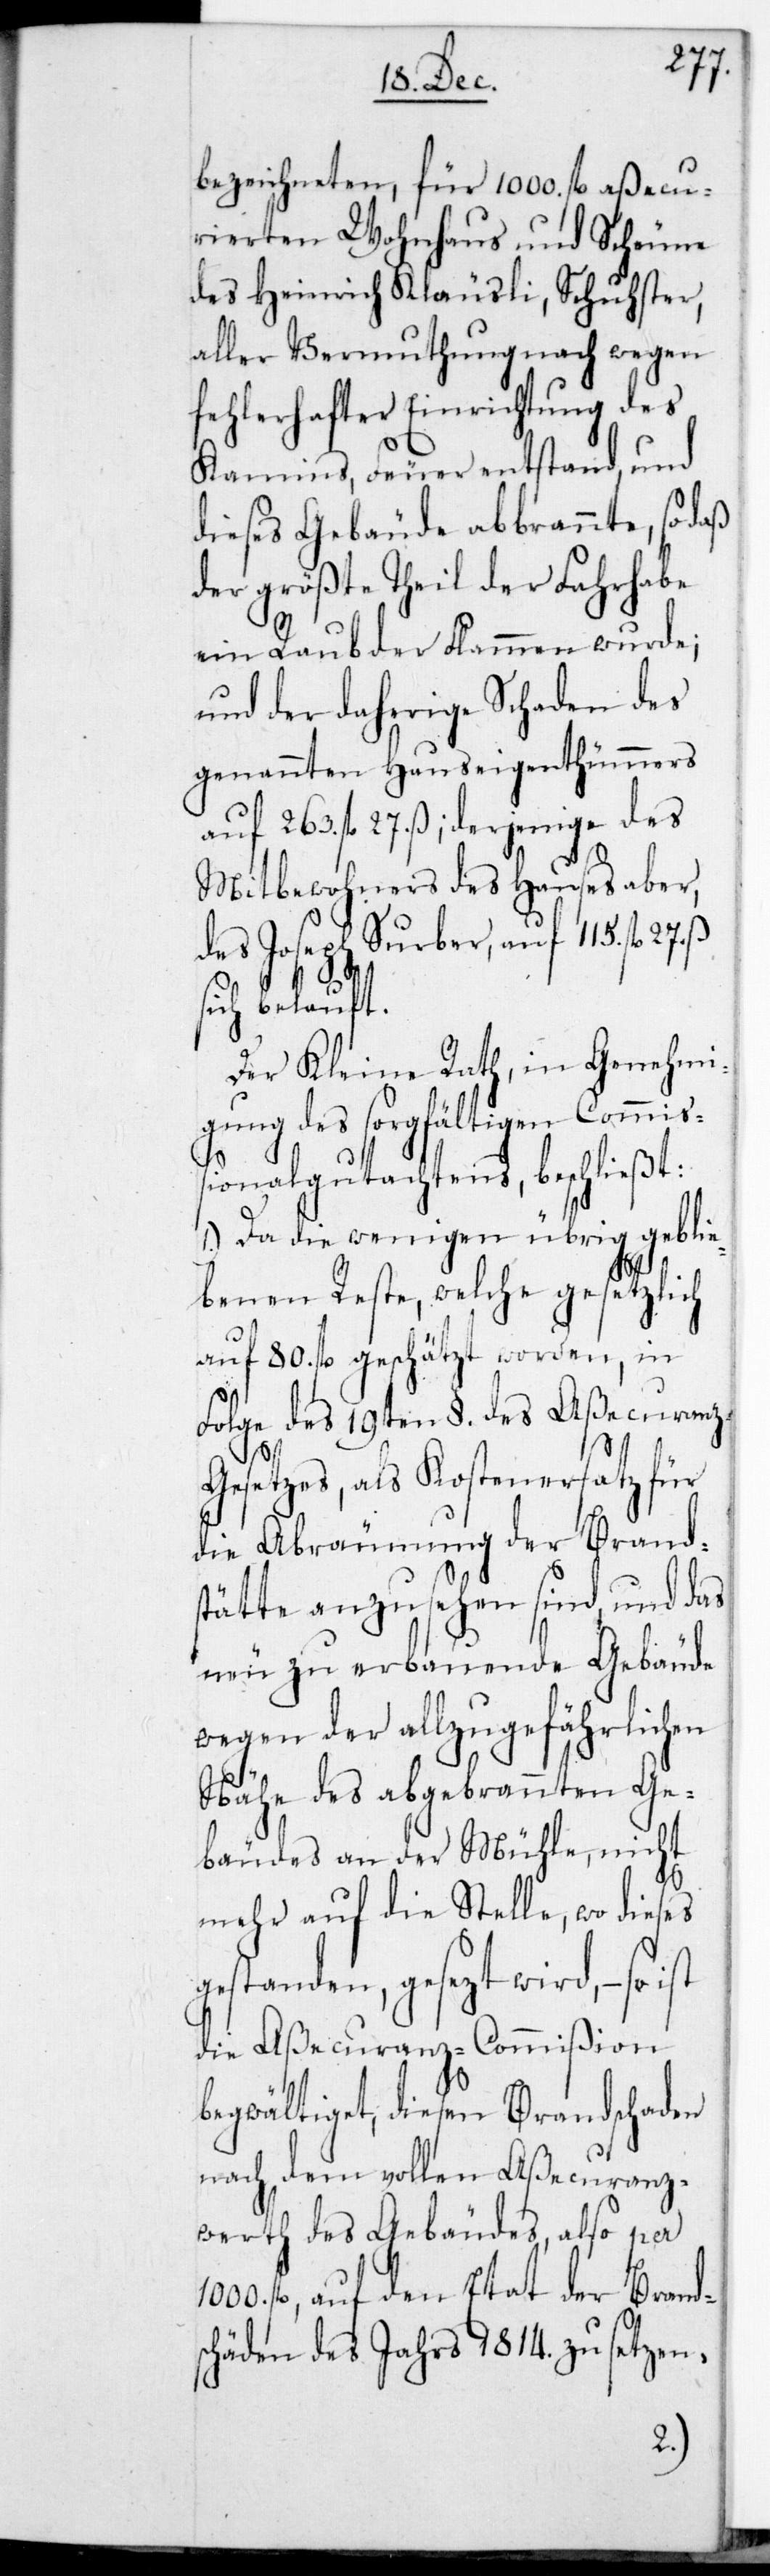
27.
bezeichneten, für 1000. fl. aßecu¬
rierten Wohnhaus und Scheune
des Heinrich Kläusli, Schuster,
aller Vermutung nach wegen
fehlerhafter Einrichtung des
Kamins, Feuer entstand, und
dieses Geäude abbrannte, so daß
der größte Theil der Fahrhabe
ein Raub der Flammen wurde;
und der daherige Schaden des
genannten Hauseigenthümers
auf 263. fl. 27. ß; derjenige des
Mitbewohners des Hauses aber,
des Joseph Surber, auf 115. fl.
sich belauft.
Der Kleine Rath in Genehmi¬
gung des sorgfältigen Commiß¬
ionalgutachtens, beschließt:
1.) Da die wenigen übrig geblie¬
benen Reste, welche gesetzlich
auf 80. fl. geschätzt worden, in
Folge des 19ten §. des Aßecuran¬
z-G¬
esetzes, als Kostenersatz für
die Abräumung der Brands¬
tätte anzusehen sind, und das
neu zu erbauende Gebäude
wegen der allzugefährlichen
Nähe des abgebrannten Ge¬
bäudes an der Mühle, nicht
mehr auf die Stelle, wo dieses
gestanden, gesetzt wird, – so ist
die Aßecuranz-Commißion
begwältiget, diesen Brandschaden
nach dem vollen Aßecuranz¬
wert des Gebäudes, also per
fl. auf den Etat der Brands¬
chäden des Jahrs 1814. zu setzen.